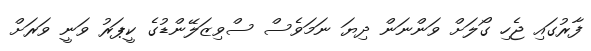
ފާރުގައި ޖެހި ގޯލަށް ވަންނަން ދިޔަ ނަމަވެސް ސްވިޒަލޭންޑުގެ ކީޕަރު ވަނީ ވަރަށް